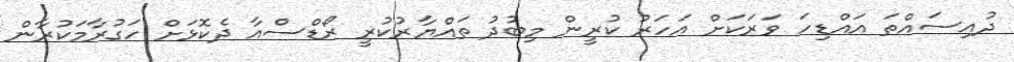
ދުއިސައްތަ އައްޑިހަ ވަރަކަށް އަހަރު ކުރީން މިބުދު ތައްޔާރުކުރީ ރޯޑްސްއާ ދެކޮޅަށް ހަގުރާމަކުރާން